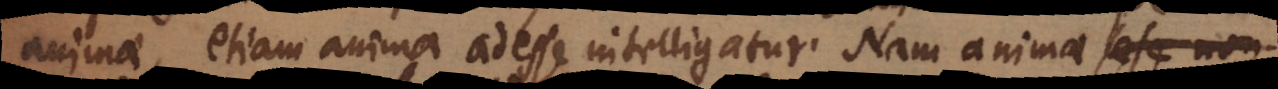
animae, etiam anima adesse intelligatur. Nam animae vel